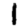
Digit: 1